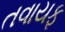
તવાયફ